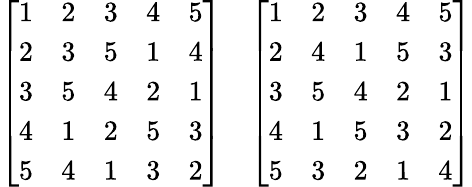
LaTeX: {\left[\begin{array}{lllll}{1}&{2}&{3}&{4}&{5}\\ {2}&{3}&{5}&{1}&{4}\\ {3}&{5}&{4}&{2}&{1}\\ {4}&{1}&{2}&{5}&{3}\\ {5}&{4}&{1}&{3}&{2}\end{array}\right]}\quad{\left[\begin{array}{lllll}{1}&{2}&{3}&{4}&{5}\\ {2}&{4}&{1}&{5}&{3}\\ {3}&{5}&{4}&{2}&{1}\\ {4}&{1}&{5}&{3}&{2}\\ {5}&{3}&{2}&{1}&{4}\end{array}\right]}